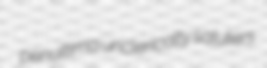
penultima unclerically saluters